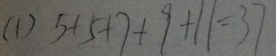
( 1 ) 5 + 5 + 7 + 9 + 1 1 = 3 7